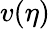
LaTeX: v(\eta)